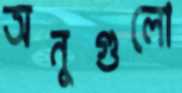
অনুগুলো